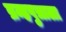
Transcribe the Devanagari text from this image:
ब्रम्हपुत्राला